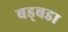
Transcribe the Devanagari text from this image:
बड्बडा